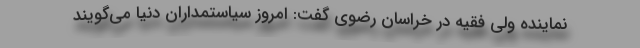
نماینده ولی فقیه در خراسان رضوی گفت: امروز سیاستمداران دنیا می‌گویند